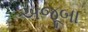
અજૂબા